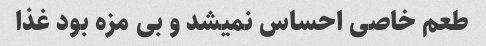
طعم خاصی احساس نمیشد و بی مزه بود غذا